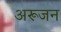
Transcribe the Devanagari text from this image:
अरूजन